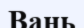
Вань